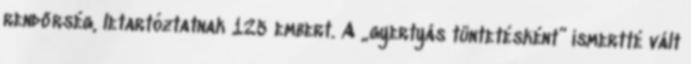
rendőrség, letartóztatnak 125 embert. A „gyertyás tüntetésként” ismertté vált